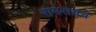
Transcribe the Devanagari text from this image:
रामरायच